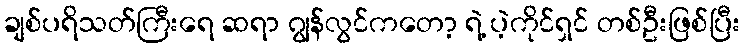
ချစ်ပရိသတ်ကြီးရေ ဆရာ ဂျွန်လွင်ကတော့ ရဲ့ ပဲ့ကိုင်ရှင် တစ်ဦးဖြစ်ပြီး